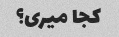
کجا میری؟